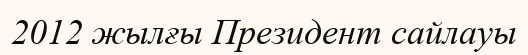
2012 жылғы Президент сайлауы